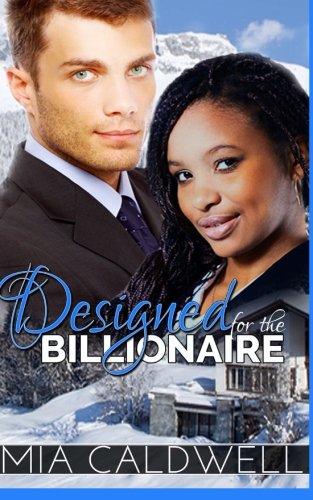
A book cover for Designed for the Billionaire; Mia Caldwell; Romance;